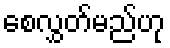
စေလွှတ်မည်ဟု